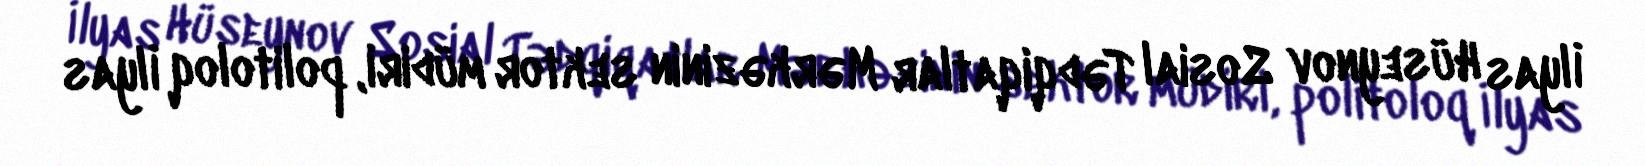
İlyas Hüseynov Sosial Tədqiqatlar Mərkəzinin sektor müdiri, politoloq İlyas